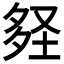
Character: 𡌪